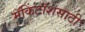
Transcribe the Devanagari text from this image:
मॅकिंटॉशसाठी